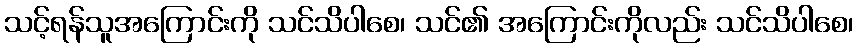
သင့်ရန်သူအကြောင်းကို သင်သိပါစေ၊ သင်၏ အကြောင်းကိုလည်း သင်သိပါစေ၊